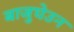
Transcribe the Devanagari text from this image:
बाजुघेउन